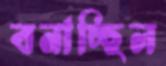
বনাচ্ছিল